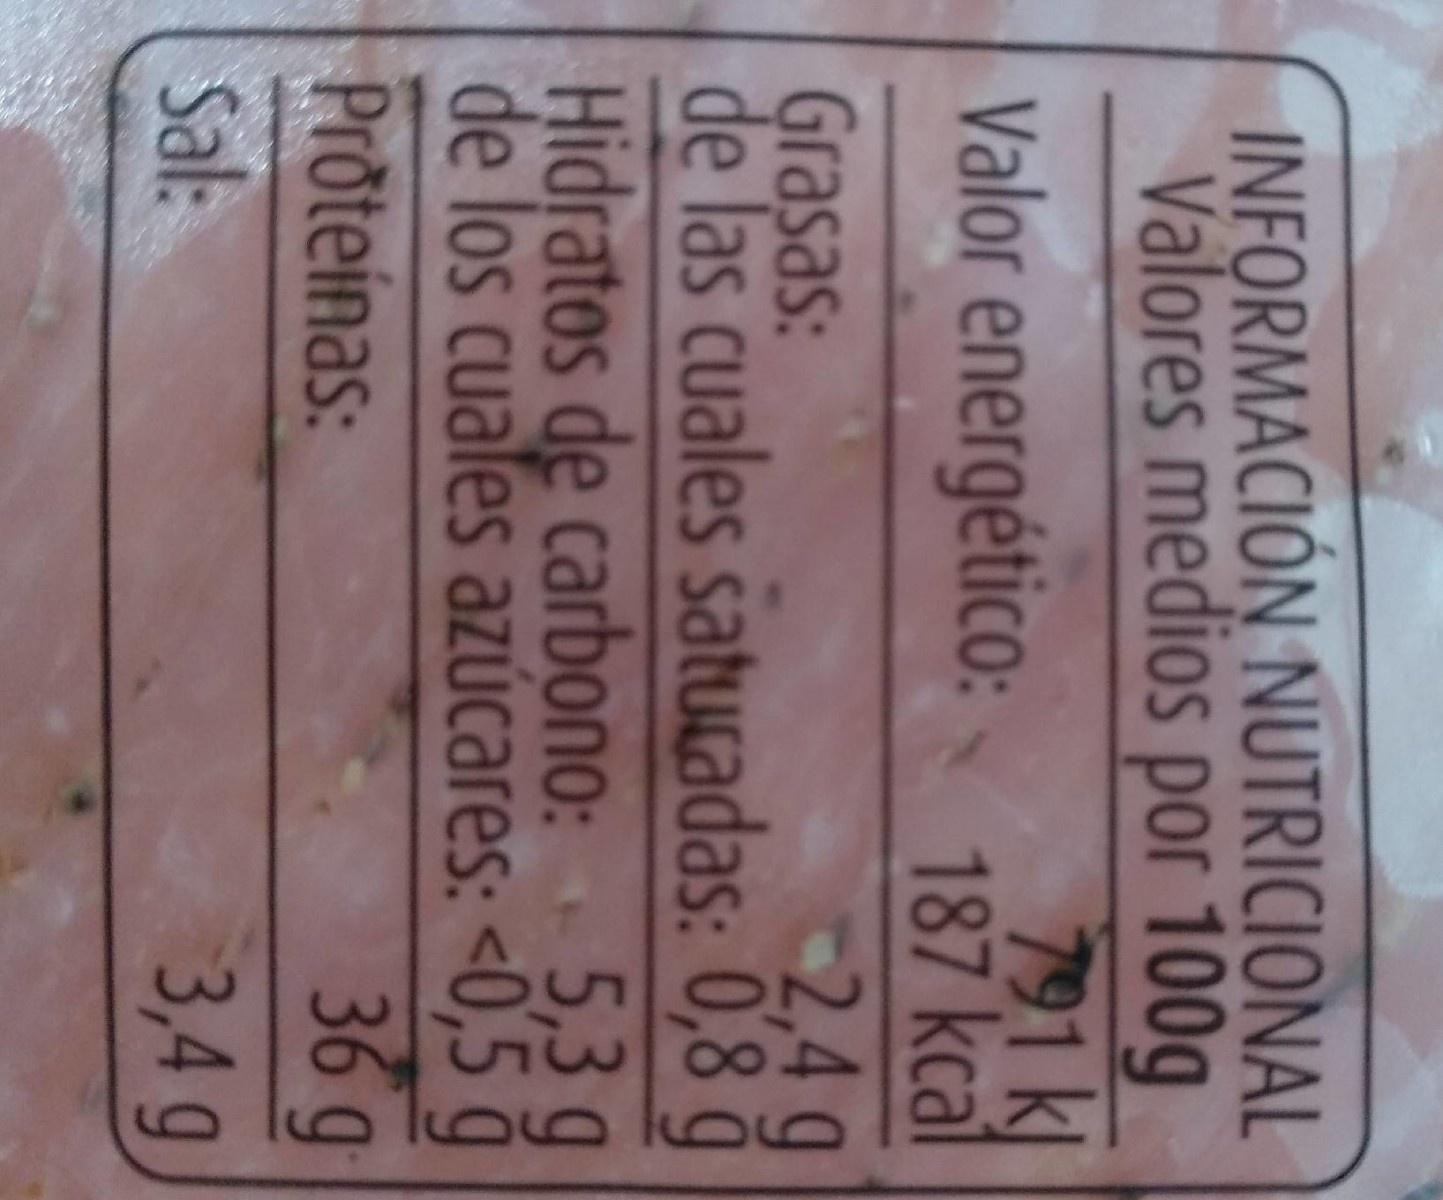
INFORMACIÓN NUTRICIONAL Valores medios por 100g 791k 187 kcal <2,4g de las cuales satucadas: 0,8 ğ Hidratos de carbono: 5,3 g de los cuales azúcares: <0,5 ģ 36 g
Valor energético:
Grasas:
Proteínas:
Sl:
3,4 g